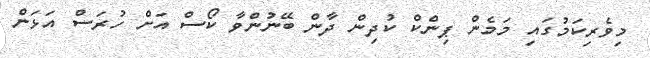
މިވެރިކަމުގައި މަމެން ޕިންކް ކުދިން ދާން ބޭނުންވާ ކޯސް އަށް ހުރަސް އަޅަން